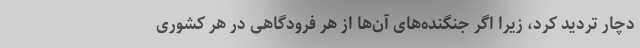
دچار تردید کرد، زیرا اگر جنگنده‌های آن‌ها از هر فرودگاهی در هر کشوری